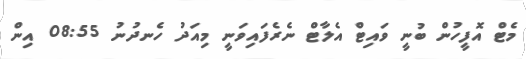
މެޓް އޮފީހުން ބުނީ ވައިޓް އެލާޓް ނެރެފައިވަނީ މިއަދު ހެނދުނު 08:55 އިން